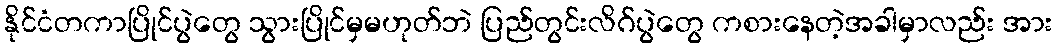
နိုင်ငံတကာပြိုင်ပွဲတွေ သွားပြိုင်မှမဟုတ်ဘဲ ပြည်တွင်းလိဂ်ပွဲတွေ ကစားနေတဲ့အခါမှာလည်း အား